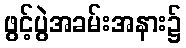
ဖွင့်ပွဲအခမ်းအနား၌